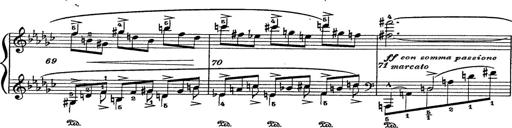
Title: 6 Polish Songs
Composer: Franz Liszt